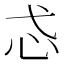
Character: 𢖼